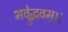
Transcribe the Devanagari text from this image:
भवेद्ध्रुवम्।।